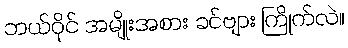
ဘယ်ဝိုင် အမျိုးအစား ခင်ဗျား ကြိုက်လဲ။